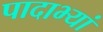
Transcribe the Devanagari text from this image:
पादाभ्यां